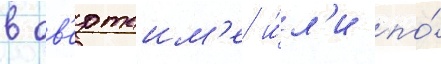
в ов'ертаим'е и́л'и по́